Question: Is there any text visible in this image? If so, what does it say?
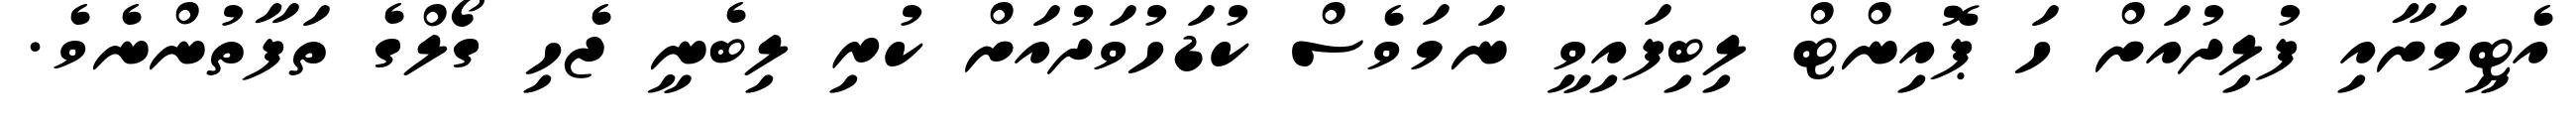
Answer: އެޓީމަށާއި ފުލިދުއަށް ހަ ޕޮއިންޓް ލިބިފައިވީ ނަމަވެސް ކުޑަހުވަދުއަށް ކުރި ލިބެނީ ޖެހި ގޯލްގެ ތަފާތުންނެވެ.